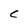
Character: C